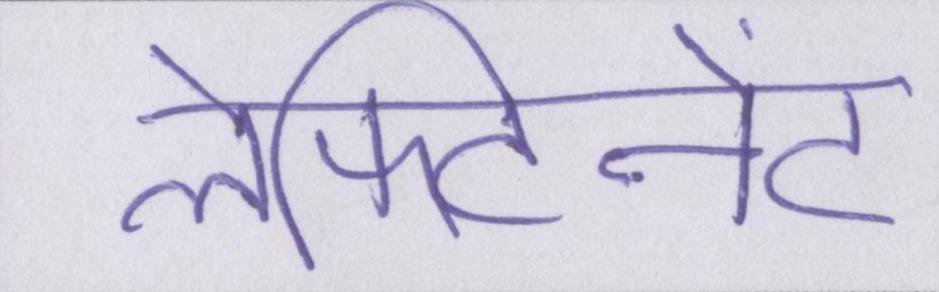
लेफ्टिनेंट